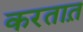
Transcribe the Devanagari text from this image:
करतात़